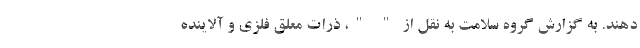
دهند. به گزارش گروه سلامت به نقل از " "، ذرات معلق فلزی و آلاینده